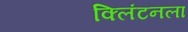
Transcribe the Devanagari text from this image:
क्लिंटनला